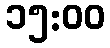
၁၅:၀၀